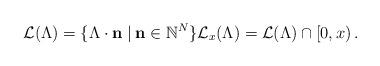
LaTeX: \begin{align*}\mathcal L(\Lambda) = \{\Lambda \cdot \mathbf n \;|\: \mathbf n \in \mathbb N^N\} \mathcal L_x(\Lambda) = \mathcal L(\Lambda) \cap \left[0, x\right).\end{align*}